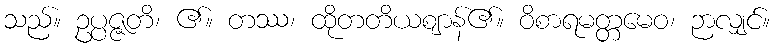
သည်။ ဥပ္ပဇ္ဇတိ၊ ၏။ တဿ၊ ထိုတတိယဈာန်၏။ ဝိစာရမတ္တမေဝ၊ ဉာလျှင်။